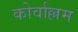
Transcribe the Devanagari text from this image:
कोर्वाल्लम